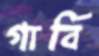
গার্বি